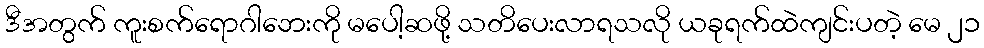
ဒီအတွက် ကူးစက်ရောဂါဘေးကို မပေါ့ဆဖို့ သတိပေးလာရသလို ယခုရက်ထဲကျင်းပတဲ့ မေ ၂၁